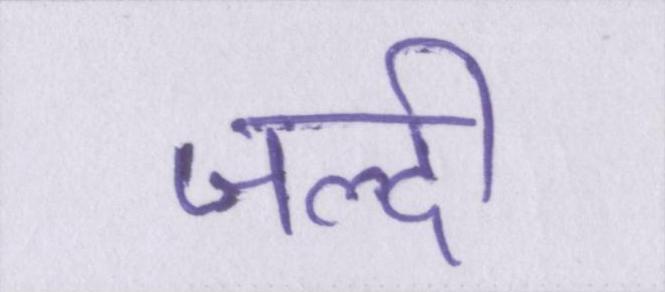
जल्दी